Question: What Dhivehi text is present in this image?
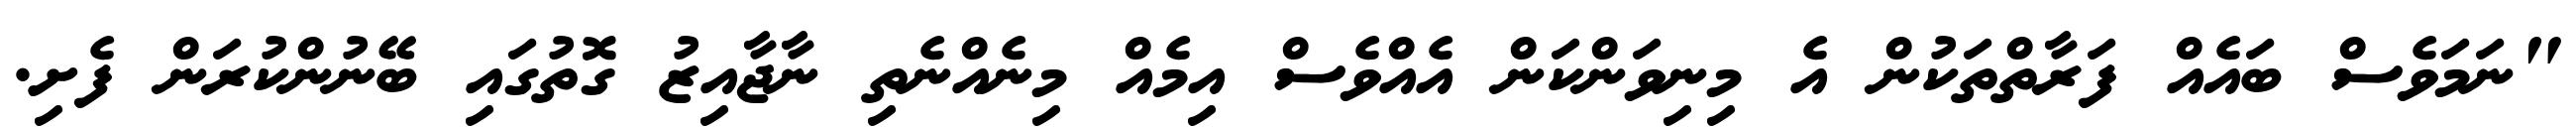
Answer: "ނަމަވެސް ބައެއް ފަރާތްތަކުން އެ މިނިވަންކަން އެއްވެސް އިމެއް މިނެއްނެތި ނާޖާއިޒު ގޮތުގައި ބޭނުންކުރަން ފެށި.